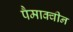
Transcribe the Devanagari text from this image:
पैमाक्वीन